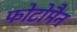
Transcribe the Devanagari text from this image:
फोटोमैन